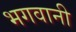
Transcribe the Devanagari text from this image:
भगवानी